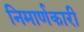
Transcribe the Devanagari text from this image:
निमार्णकारी